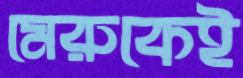
মেরুকেই